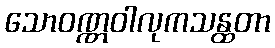
သောဝဏ္ဏဝါလုကသန္ထတာ